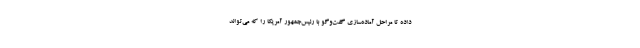
داده تا مراحل آماده‌سازی گفت‌وگو با رئیس‌جمهور آمریکا را که می‌تواند